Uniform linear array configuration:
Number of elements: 32
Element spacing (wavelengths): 0.75
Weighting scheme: binomial
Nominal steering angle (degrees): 15
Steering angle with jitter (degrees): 15.92
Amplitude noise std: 0.05
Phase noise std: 0.05

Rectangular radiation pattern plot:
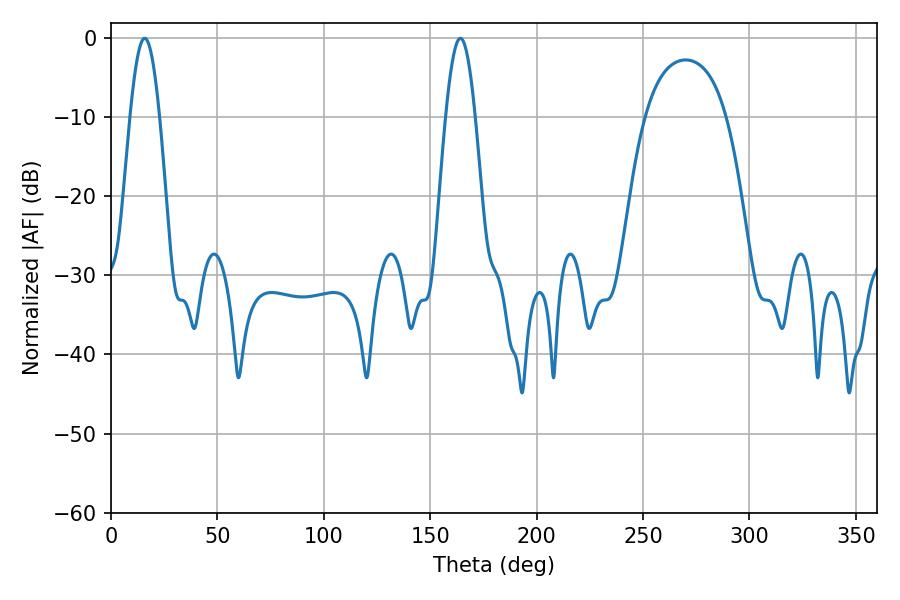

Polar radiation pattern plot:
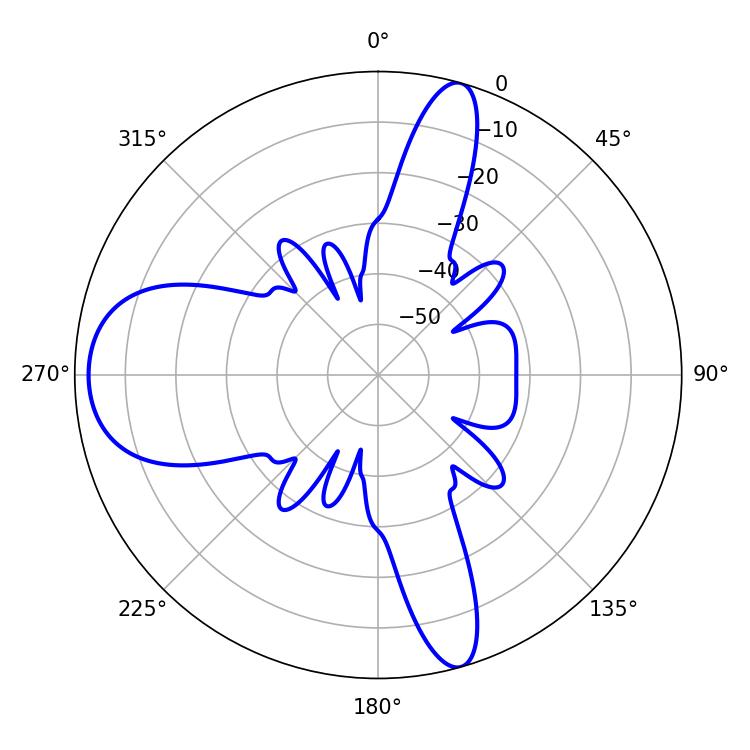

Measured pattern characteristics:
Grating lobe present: TRUE
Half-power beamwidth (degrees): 7.56
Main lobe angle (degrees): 164.16